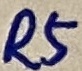
Text: R5